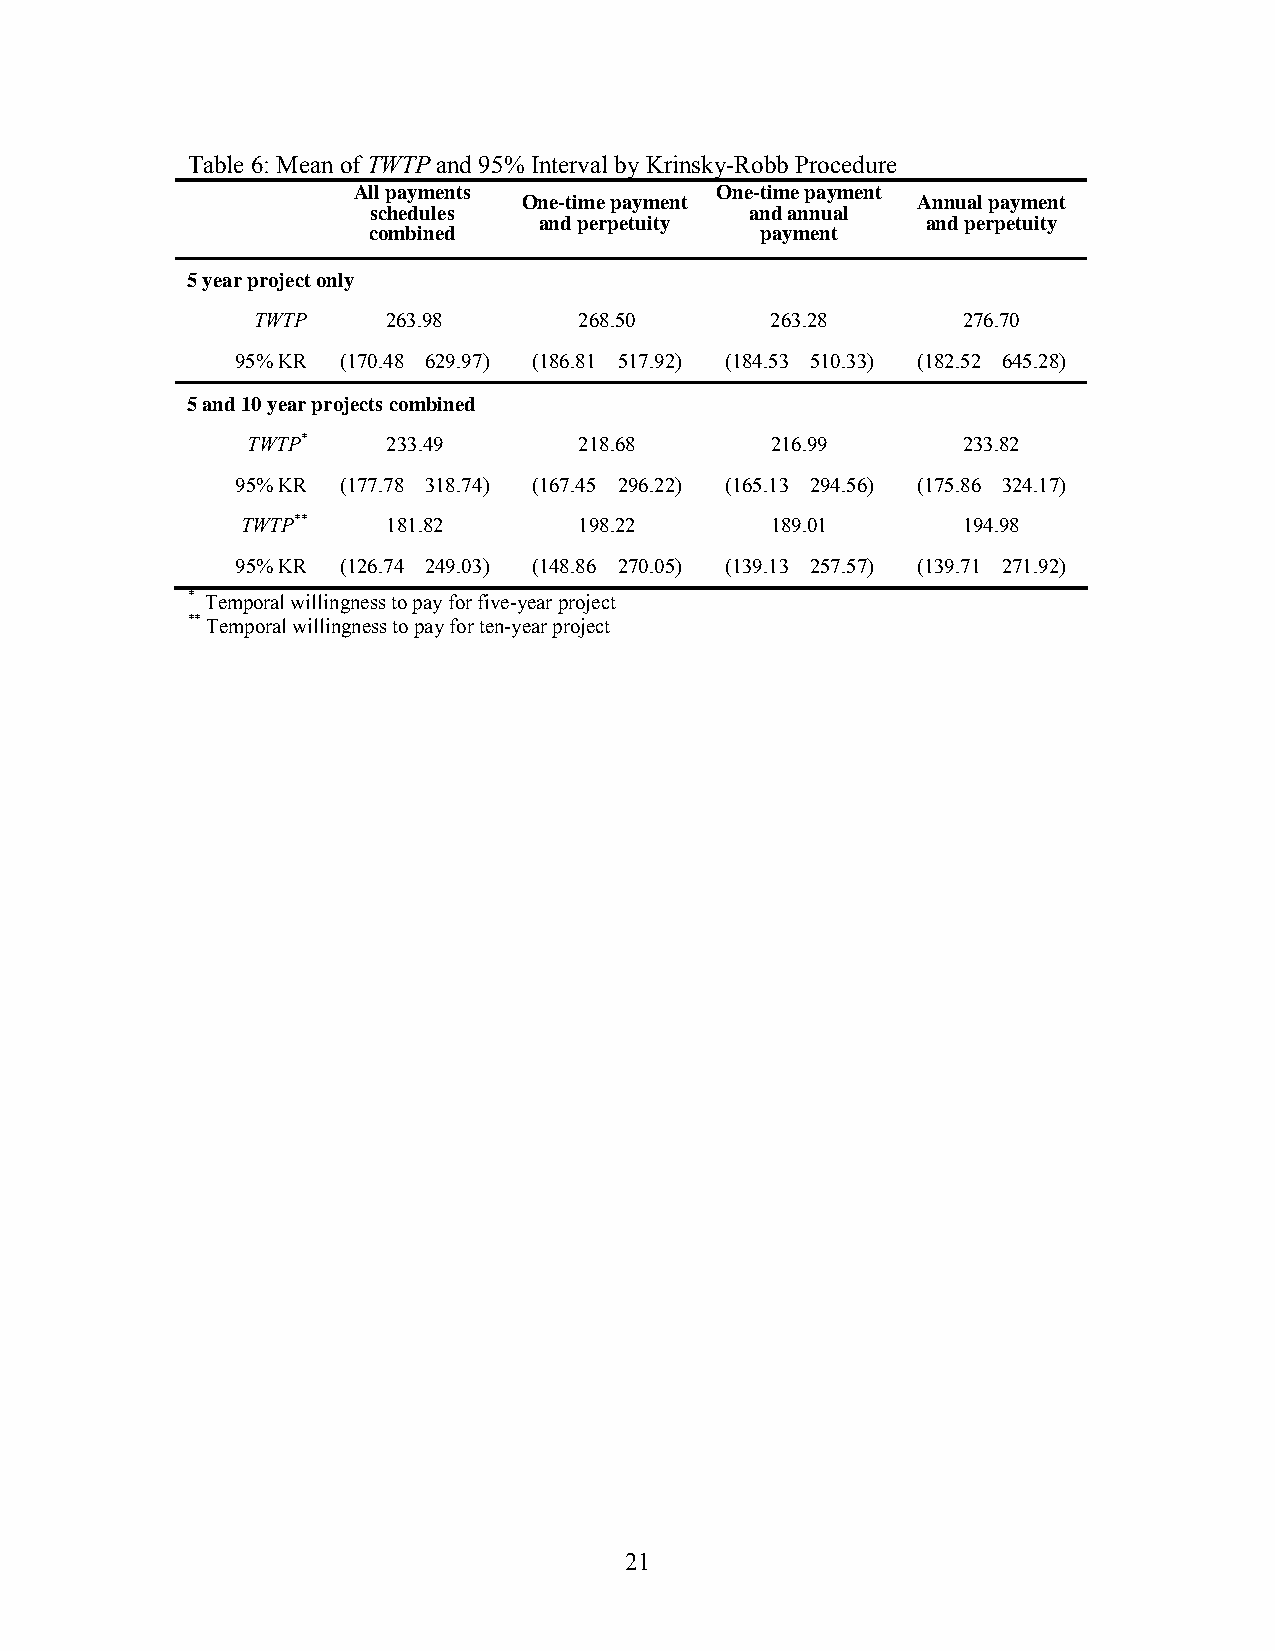
Table 6: Mean of TWTP and 95% Interval by Krinsky-Robb Procedure
 All payments            One-time payment
 One-time payment          Annual payment
 schedules                and annual
 and perpetuity           and perpetuity
 combined                  payment
 5 year project only
 TWTP     263.98      268.50       263.28       276.70
 95% KR (170.48 629.97) (186.81 517.92) (184.53 510.33) (182.52 645.28)
 5 and 10 year projects combined
 TWTP*     233.49      218.68       216.99       233.82
 95% KR (177.78 318.74) (167.45 296.22) (165.13 294.56) (175.86 324.17)
 TWTP**    181.82      198.22       189.01       194.98
 95% KR (126.74 249.03) (148.86 270.05) (139.13 257.57) (139.71 271.92)
 * Temporal willingness to pay for five-year project
 ** Temporal willingness to pay for ten-year project
 21